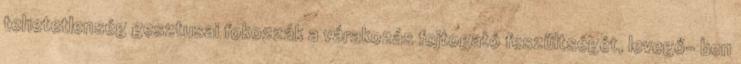
tehetetlenség gesztusai fokozzák a várakozás fojtogató feszültségét, levegő- ben